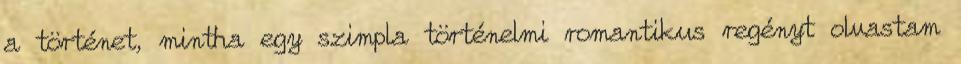
a történet, mintha egy szimpla történelmi romantikus regényt olvastam